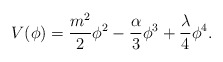
\begin{align*}V(\phi)=\frac{m^2}{2}\phi^2-\frac{\alpha}{3}\phi^3+\frac{\lambda}{4}\phi^4.\end{align*}